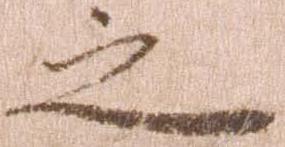
之